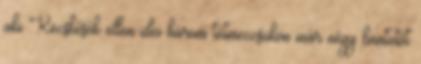
aki Kecskésék ellen idei három tétmeccsükön már négy büntetőt